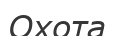
Охота